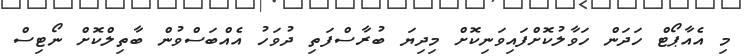
މި އެއާޕޯޓް ހަދަން ހަވާލުކޮށްފައިވަނިކޮށް މިދިޔަ ބުރާސްފަތި ދުވަހު އެއްބަސްވުން ބާތިލްކޮށް ނޯޓިސް